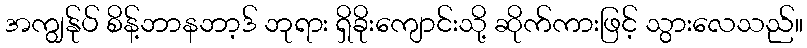
အကျွန်ုပ် စိန့်ဘာနဘာ့ဒ် ဘုရား ရှိခိုးကျောင်းသို့ ဆိုက်ကားဖြင့် သွားလေသည်။